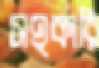
সহকারি